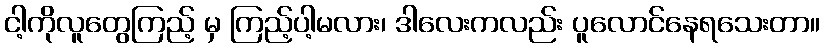
ငါ့ကိုလူတွေကြည့် မှ ကြည့်ပါ့မလား၊ ဒါလေးကလည်း ပူလောင်နေရသေးတာ။